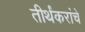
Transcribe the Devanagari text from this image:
तीर्थंकरांचे